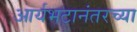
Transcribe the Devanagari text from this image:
आर्यभटानंतरच्या